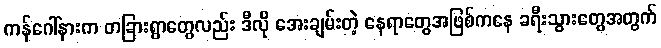
ကန်ဂေါ်နားက တခြားရွာတွေလည်း ဒီလို အေးချမ်းတဲ့ နေရာတွေအဖြစ်ကနေ ခရီးသွားတွေအတွက်